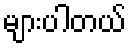
များပါတယ်